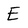
Character: E